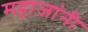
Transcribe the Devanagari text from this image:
महाजांनी